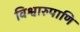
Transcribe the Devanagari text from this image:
विश्वारुपाणि